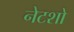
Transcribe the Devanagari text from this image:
नेटशो